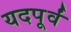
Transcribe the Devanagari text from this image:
यदपूर्वं